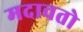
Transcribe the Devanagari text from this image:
मदावतो